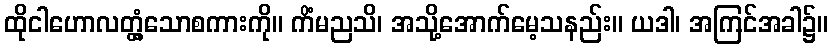
ထိုငါဟောလတ္တံ့သောစကားကို။ ကိံမညသိ၊ အသို့အောက်မေ့သနည်း။ ယဒါ၊ အကြင်အခါ၌။